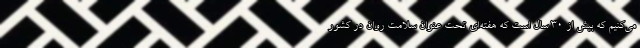
می‌کنیم که بیش از ۳۰ سال است که هفته‌ای تحت عنوان سلامت روان در کشور